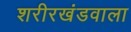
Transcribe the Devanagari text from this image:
शरीरखंडवाला